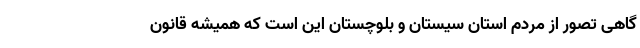
گاهی تصور از مردم استان سیستان و بلوچستان این است که همیشه قانون